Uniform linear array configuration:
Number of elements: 4
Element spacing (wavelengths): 0.5
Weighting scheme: uniform
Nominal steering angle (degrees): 0
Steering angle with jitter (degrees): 1.398
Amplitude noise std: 0.05
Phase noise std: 0.05

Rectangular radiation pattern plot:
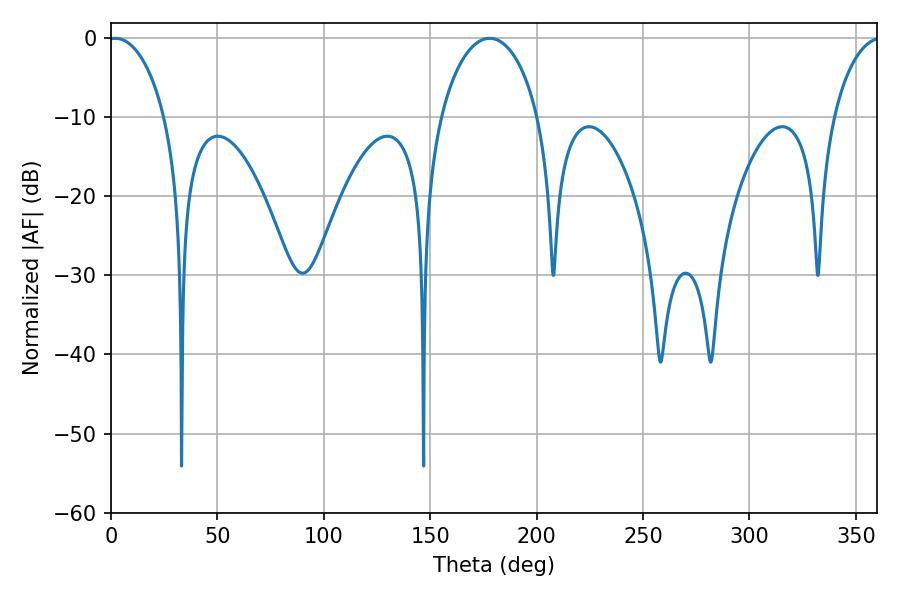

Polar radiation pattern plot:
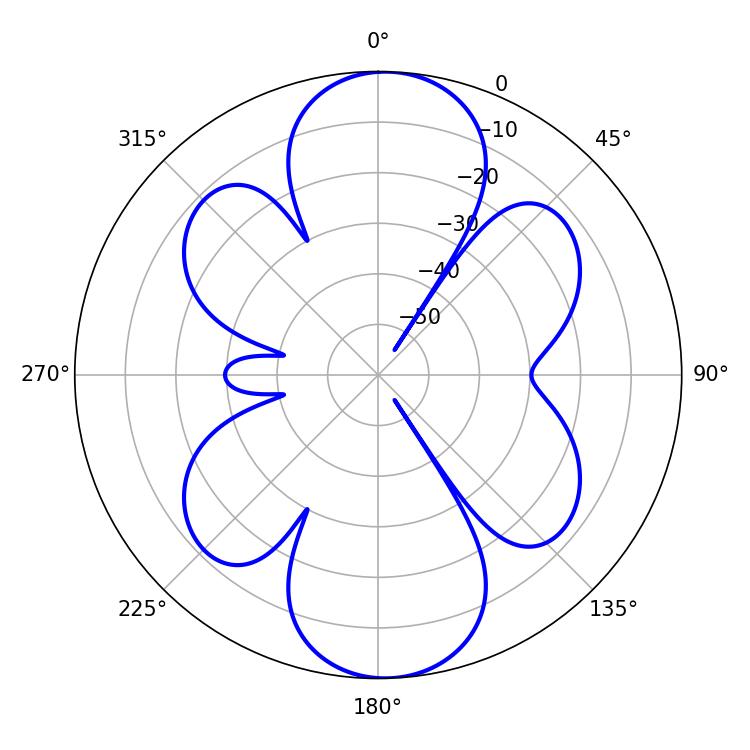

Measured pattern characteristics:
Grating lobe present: FALSE
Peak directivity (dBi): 18.04
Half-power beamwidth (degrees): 15.3
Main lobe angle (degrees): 2.16